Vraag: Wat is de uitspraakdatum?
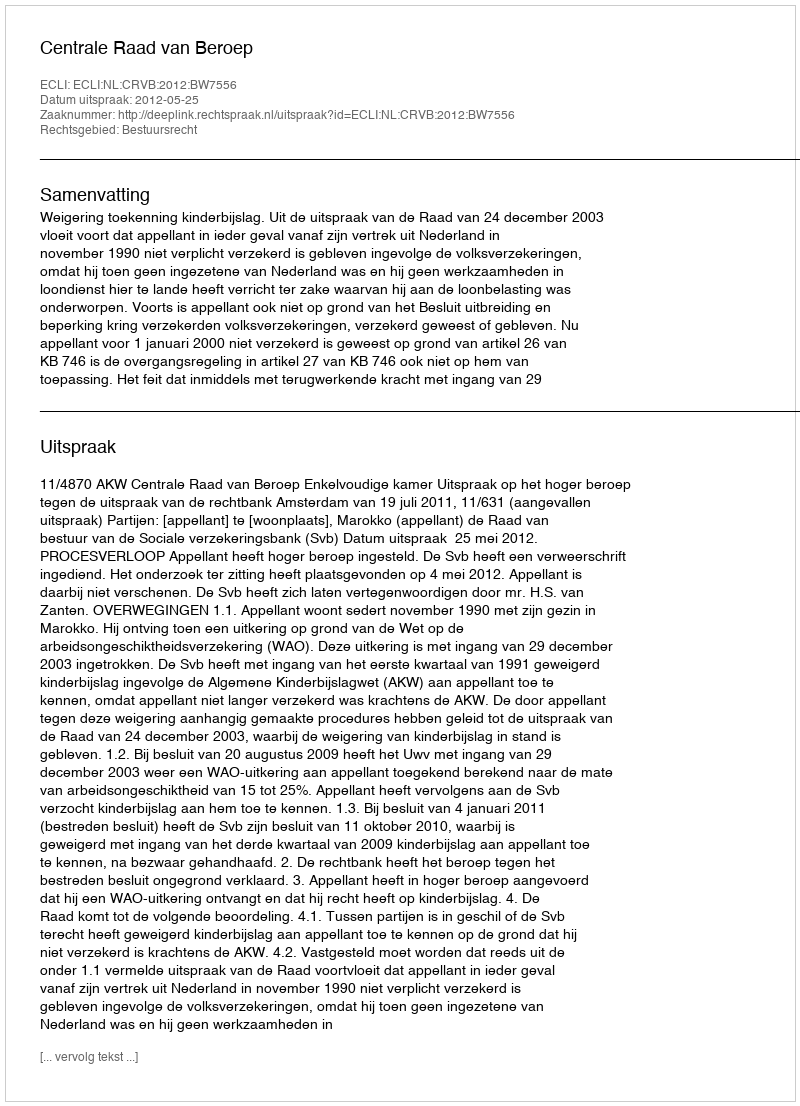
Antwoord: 2012-05-25